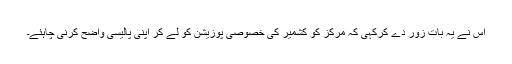
اس نے یہ بات زور دے کرکہی کہ مرکز کو کشمیر کی خصوصی پوزیشن کو لے کر اپنی پالیسی واضح کرنی چاہئے۔